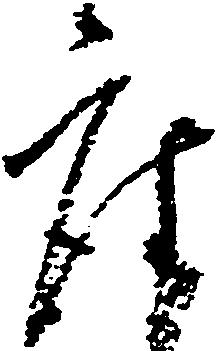
座